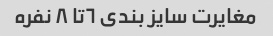
مغایرت سایز بندی ٦تا ٨ نفره